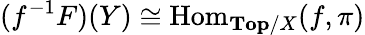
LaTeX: (f^{-1}F)(Y)\cong\operatorname{Hom}_{\mathbf{Top}/X}(f,\pi)